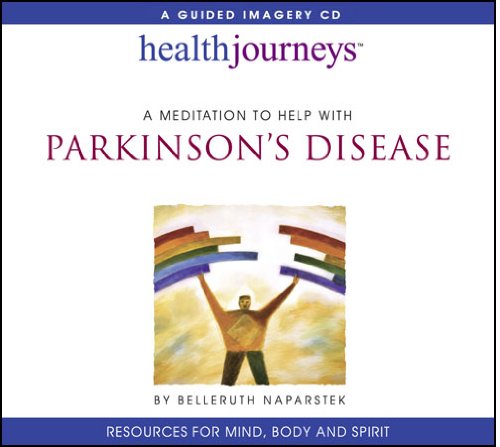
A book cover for A Meditation To Help With Parkinson's Disease; Belleruth Naparstek; Health, Fitness & Dieting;